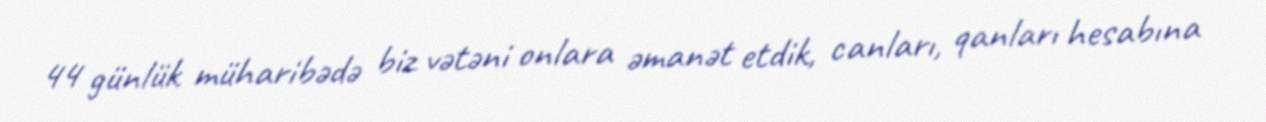
44 günlük müharibədə biz vətəni onlara əmanət etdik, canları, qanları hesabına